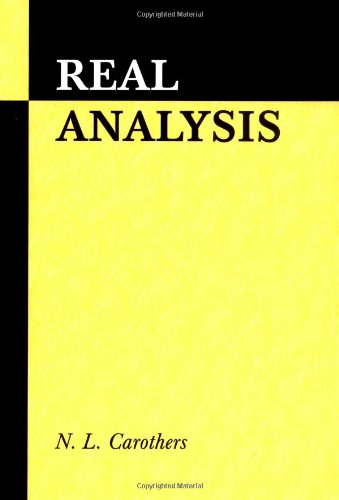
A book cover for Real Analysis; N. L. Carothers; Science & Math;